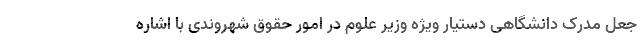
جعل مدرک دانشگاهی دستیار ویژه وزیر علوم در امور حقوق شهروندی با اشاره